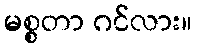
မစ္စတာ ဂင်လား။